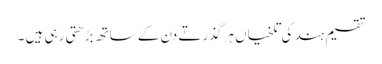
تقسیم ہند کی تلخیاں ہر گذرتے دن کے ساتھ بڑھتی رہی ہیں ۔